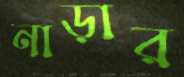
নাড়ার